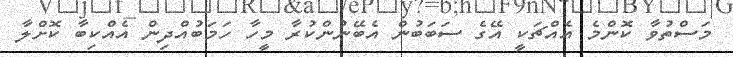
މަސްތުވާ ކޮންމެ އެއްޗަކީ އޭގެ ސަބަބުން އެބޭނުންކުރާ މީހާ ހަމަބުއްދިން އެއްކިބާ ކޮށްލާ